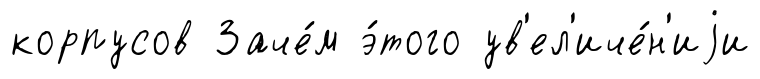
корпусов Заче́м э́того ув'ел'иче́н'иjи